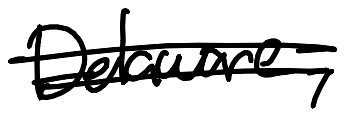
Text: Delaware,
Cross-out: double-line
Writing tool: digital_black